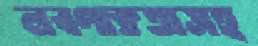
লবণাক্ততাসহ